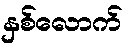
နှစ်လောက်